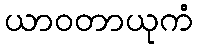
ယာဝတာယုကံ